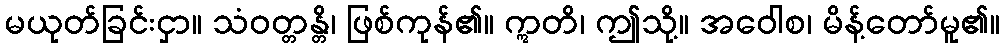
မယုတ်ခြင်းငှာ။ သံဝတ္တန္တိ၊ ဖြစ်ကုန်၏။ ဣတိ၊ ဤသို့။ အဝေါစ၊ မိန့်တော်မူ၏။